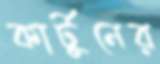
কার্টুনের